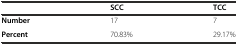
<table><thead><tr><td></td><td><b>SCC</b></td><td><b>TCC</b></td></tr></thead><tbody><tr><td><b>Number</b></td><td>17</td><td>7</td></tr><tr><td><b>Percent</b></td><td>70.83%</td><td>29.17%</td></tr></tbody></table>